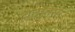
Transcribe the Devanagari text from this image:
बटानस